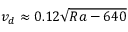
v _ { d } \approx 0 . 1 2 \sqrt { R a - 6 4 0 }